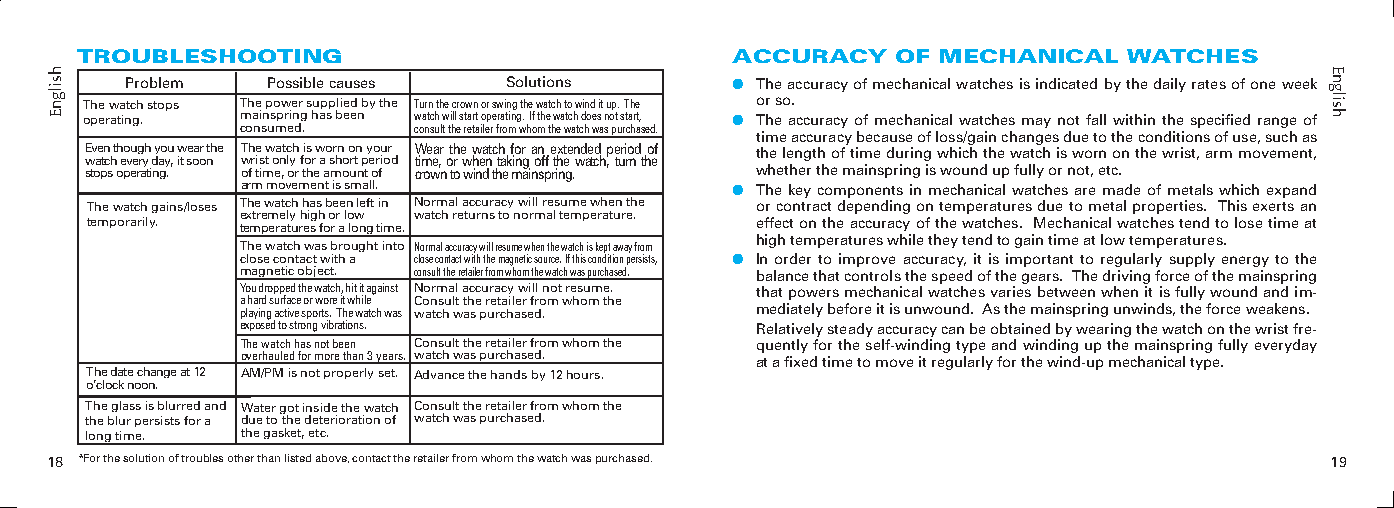
TROUBLESHOOTING                            ACCURACY   OF MECHANICAL   WATCHES
 Problem   Possible causes Solutions     ● The accuracy of mechanical watches is indicated by the daily rates of one week
 The watch stops The power supplied by the Turn the crown or swing the watch to wind it up. The or so.
 operating. mainspring has been watch will start operating. If the watch does not start, ● The accuracy of mechanical watches may not fall within the specified range of
 consumed.  consult the retailer from whom the watch was purchased.
 time accuracy because of loss/gain changes due to the conditions of use, such as
 Even though you wear the The watch is worn on your Wear the watch for an extended period of the length of time during which the watch is worn on the wrist, arm movement,
 watch every day, it soon wrist only for a short period time, or when taking off the watch, turn the
 stops operating. of time, or the amount of crown to wind the mainspring. whether the mainspring is wound up fully or not, etc.
 arm movement is small.          ● The key components in mechanical watches are made of metals which expand
 The watch gains/loses The watch has been left in Normal accuracy will resume when the or contract depending on temperatures due to metal properties. This exerts an
 extremely high or low watch returns to normal temperature.
 temporarily. temperatures for a long time.  effect on the accuracy of the watches. Mechanical watches tend to lose time at
 high temperatures while they tend to gain time at low temperatures.
 The watch was brought into Normal accuracy will resume when the watch is kept away from
 close contact with a close contact with the magnetic source. If this condition persists, ● In order to improve accuracy, it is important to regularly supply energy to the
 magnetic object. consult the retailer from whom the watch was purchased. balance that controls the speed of the gears. The driving force of the mainspring
 You dropped the watch, hit it against Normal accuracy will not resume. that powers mechanical watches varies between when it is fully wound and im-
 a hard surface or wore it while Consult the retailer from whom the
 playing active sports. The watch was watch was purchased. mediately before it is unwound. As the mainspring unwinds, the force weakens.
 exposed to strong vibrations.     Relatively steady accuracy can be obtained by wearing the watch on the wrist fre-
 The watch has not been Consult the retailer from whom the quently for the self-winding type and winding up the mainspring fully everyday
 overhauled for more than  years. watch was purchased. at a fixed time to move it regularly for the wind-up mechanical type.
 The date change at 1 AM/PM is not properly set. Advance the hands by 1 hours.
 o’clock noon.
 The glass is blurred and Water got inside the watch Consult the retailer from whom the
 the blur persists for a due to the deterioration of watch was purchased.
 long time. the gasket, etc.
 1 *For the solution of troubles other than listed above, contact the retailer from whom the watch was purchased. 1
 hsilgnE                                                                              English